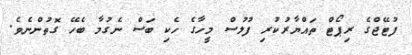
ފުޓޭޖްގެ ރިޕޯޓް ތައްޔާރުކުރި ފުލުސް މީހާގެ ހެކި ބަސް ނެގުމާ ބެހޭ ގޮތުންނެވެ.